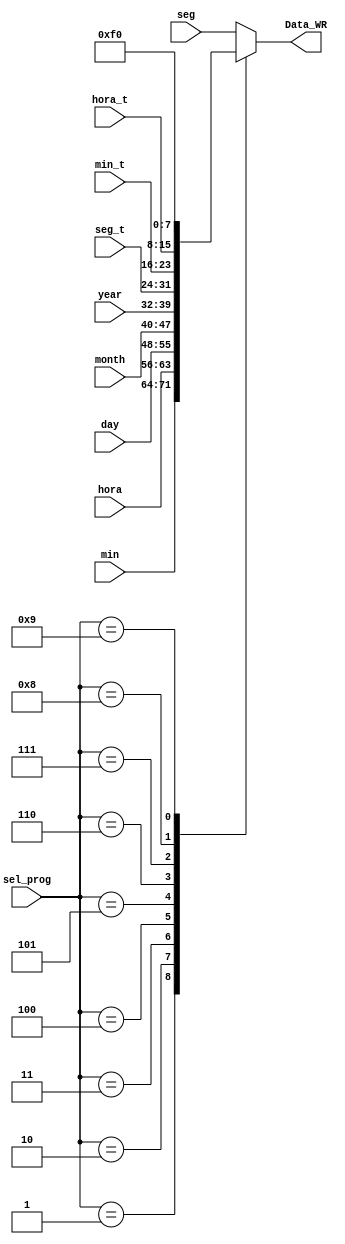
`timescale 1ns / 1ps
//////////////////////////////////////////////////////////////////////////////////
// Company: 
// 
// Design Name: 
// Module Name:    mux_programar 
// Project Name: 
// Target Devices: 
// Tool versions: 
// Description: 
//
// Dependencies: 
//
// Revision: 
// Revision 0.01 - File Created
// Additional Comments: 
//
//////////////////////////////////////////////////////////////////////////////////
module mux_programar(
	input [7:0] seg,min,hora,day,month,year,seg_t,min_t,hora_t,
	input [3:0] sel_prog,
	output reg [7:0] Data_WR
    );

always @*
	case (sel_prog)
		4'b0000: Data_WR = seg;
		4'b0001: Data_WR = min;
		4'b0010: Data_WR = hora;
		4'b0011: Data_WR = day;
		4'b0100: Data_WR = month;
		4'b0101: Data_WR = year;
		4'b0110: Data_WR = seg_t;
		4'b0111: Data_WR = min_t;
		4'b1000: Data_WR = hora_t;
		4'b1001: Data_WR = 8'b11110000;
		default: Data_WR = seg;
	endcase
	
endmodule